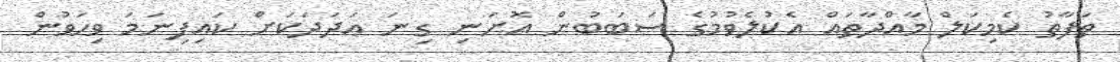
ތަފާތު ކެމިކަލް މާއްދާތައް އެކުލެވުމުގެ ސަބަބުން އޮށަނި ގިނަ ޢަދަދަކަށް ކައިފިނަމަ ވިހަވުން